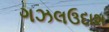
ગઝલઉદાશ